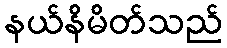
နယ်နိမိတ်သည်